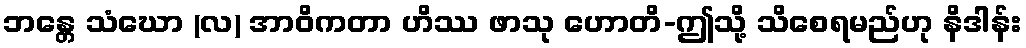
ဘန္တေ သံဃော (လ) အာဝိကတာ ဟိဿ ဖာသု ဟောတိ-ဤသို့ သိစေရမည်ဟု နိဒါန်း